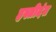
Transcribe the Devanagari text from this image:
हस्तीदंत